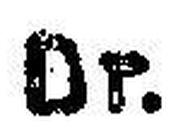
Dr.